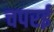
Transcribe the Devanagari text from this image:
चपरई